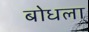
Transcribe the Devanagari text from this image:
बोधला